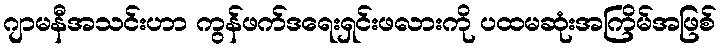
ဂျာမနီအသင်းဟာ ကွန်ဖက်ဒရေးရှင်းဖလားကို ပထမဆုံးအကြိမ်အဖြစ်